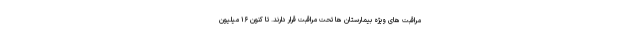
مراقبت های ویژه بیمارستان ها تحت مراقبت قرار دارند. تا کنون ۱۶ میلیون